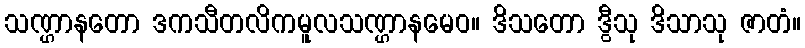
သဏ္ဌာနတော ဒကသီတလိကမူလသဏ္ဌာနမေဝ။ ဒိသတော ဒွီသု ဒိသာသု ဇာတံ။